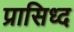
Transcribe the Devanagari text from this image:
प्रासिध्द